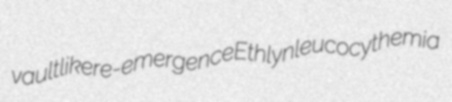
vaultlike re-emergence Ethlyn leucocythemia